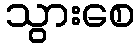
သွားစေ